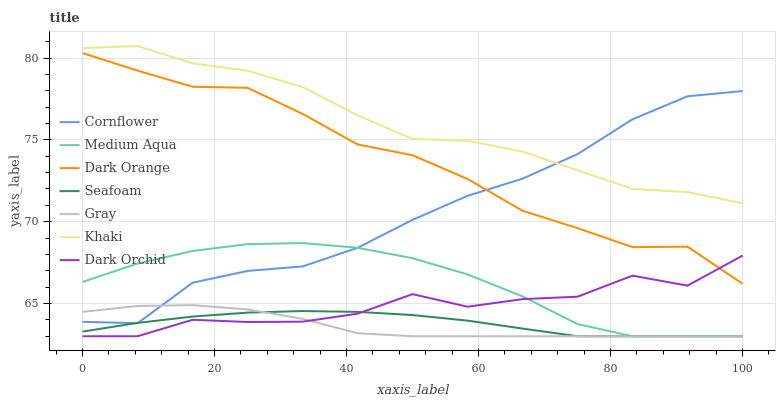
| xaxis_label | Cornflower | Medium Aqua | Dark Orange | Seafoam | Gray | Khaki | Dark Orchid |
 | --- | --- | --- | --- | --- | --- | --- | --- |
 | 0 | 63.9 | 66.3 | 80.3 | 63.3 | 64.5 | 80.6 | 63 |
 | 8.33 | 63.8 | 67.4 | 79.2 | 63.8 | 64.9 | 80.7 | 63 |
 | 16.7 | 66.3 | 68.2 | 78.2 | 64.2 | 64.9 | 79.7 | 64 |
 | 25 | 67 | 68.6 | 78.2 | 64.4 | 64.6 | 79.2 | 63.9 |
 | 33.3 | 67.3 | 68.7 | 76.6 | 64.5 | 64.1 | 78.2 | 63.9 |
 | 41.7 | 68.4 | 68.4 | 74.7 | 64.5 | 63.2 | 76.5 | 64.4 |
 | 50 | 70.1 | 67.8 | 74.1 | 64.3 | 63 | 75.1 | 65.6 |
 | 58.3 | 71.6 | 66.8 | 72.6 | 64 | 63 | 74.9 | 64.8 |
 | 66.7 | 72.6 | 65.4 | 70.7 | 63.5 | 63 | 74.3 | 65.3 |
 | 75 | 74.1 | 63.7 | 69.6 | 63 | 63 | 73.1 | 65.4 |
 | 83.3 | 76.3 | 63 | 68.4 | 63 | 63 | 72 | 66.7 |
 | 91.7 | 77.7 | 63 | 68.5 | 63 | 63 | 71.8 | 66.1 |
 | 100 | 78 | 63 | 66.2 | 63 | 63 | 71.1 | 67.9 |